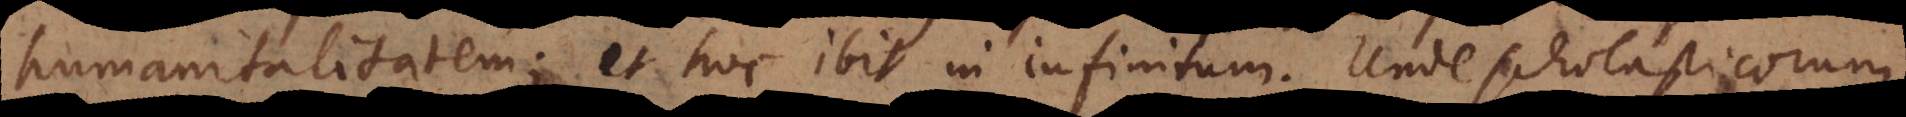
humanitalitatem; et hoc ibit in infinitum. Unde scholasticorum